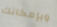
وبإمكانك